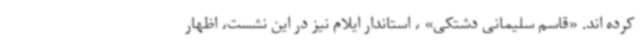
کرده اند. «قاسم سلیمانی دشتکی» ، استاندار ایلام نیز در این نشست، اظهار